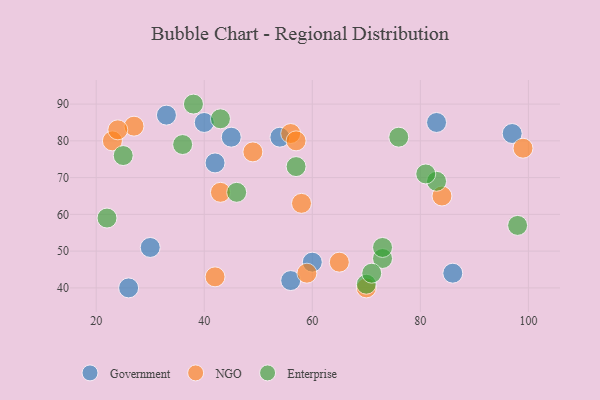
{"axis": {"x": "GDP", "y": "Life Expectancy"}, "legend": ["Enterprise", "Government", "NGO"], "data": [{"x": "33", "y": 87, "type": "Government"}, {"x": "97", "y": 82, "type": "Government"}, {"x": "42", "y": 74, "type": "Government"}, {"x": "26", "y": 40, "type": "Government"}, {"x": "40", "y": 85, "type": "Government"}, {"x": "83", "y": 85, "type": "Government"}, {"x": "86", "y": 44, "type": "Government"}, {"x": "56", "y": 42, "type": "Government"}, {"x": "45", "y": 81, "type": "Government"}, {"x": "60", "y": 47, "type": "Government"}, {"x": "30", "y": 51, "type": "Government"}, {"x": "54", "y": 81, "type": "Government"}, {"x": "70", "y": 40, "type": "NGO"}, {"x": "23", "y": 80, "type": "NGO"}, {"x": "84", "y": 65, "type": "NGO"}, {"x": "27", "y": 84, "type": "NGO"}, {"x": "56", "y": 82, "type": "NGO"}, {"x": "43", "y": 66, "type": "NGO"}, {"x": "24", "y": 83, "type": "NGO"}, {"x": "58", "y": 63, "type": "NGO"}, {"x": "57", "y": 80, "type": "NGO"}, {"x": "99", "y": 78, "type": "NGO"}, {"x": "59", "y": 44, "type": "NGO"}, {"x": "49", "y": 77, "type": "NGO"}, {"x": "42", "y": 43, "type": "NGO"}, {"x": "65", "y": 47, "type": "NGO"}, {"x": "57", "y": 73, "type": "Enterprise"}, {"x": "73", "y": 48, "type": "Enterprise"}, {"x": "46", "y": 66, "type": "Enterprise"}, {"x": "70", "y": 41, "type": "Enterprise"}, {"x": "71", "y": 44, "type": "Enterprise"}, {"x": "98", "y": 57, "type": "Enterprise"}, {"x": "22", "y": 59, "type": "Enterprise"}, {"x": "76", "y": 81, "type": "Enterprise"}, {"x": "83", "y": 69, "type": "Enterprise"}, {"x": "43", "y": 86, "type": "Enterprise"}, {"x": "25", "y": 76, "type": "Enterprise"}, {"x": "36", "y": 79, "type": "Enterprise"}, {"x": "38", "y": 90, "type": "Enterprise"}, {"x": "73", "y": 51, "type": "Enterprise"}, {"x": "81", "y": 71, "type": "Enterprise"}]}